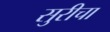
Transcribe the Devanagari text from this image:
सुरीचा